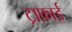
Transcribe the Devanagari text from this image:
ट्राफ़ाई